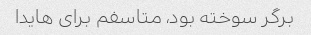
برگر سوخته بود، متاسفم برای هایدا